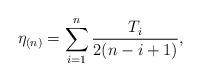
LaTeX: \begin{align*}\eta_{(n)}=\sum_{i=1}^{n}\frac{T_{i}}{2(n-i+1)},\end{align*}